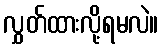
လွှတ်ထားလို့ရမလဲ။